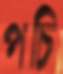
পচি